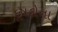
દૂષકોના